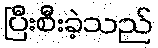
ပြီးစီးခဲ့သည်